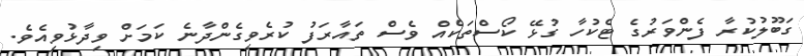
ގަބޫލުކުރާ ފެންވަރުގެ ޓެކުހާ ގުޅޭ ކޯސްތަކެއް ވެސް ތައާރަފު ކުރެވިގެންދާނެ ކަމަށް ވިދާޅުވިއެވެ.